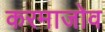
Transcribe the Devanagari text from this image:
करमाजोव